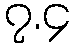
၇.၄